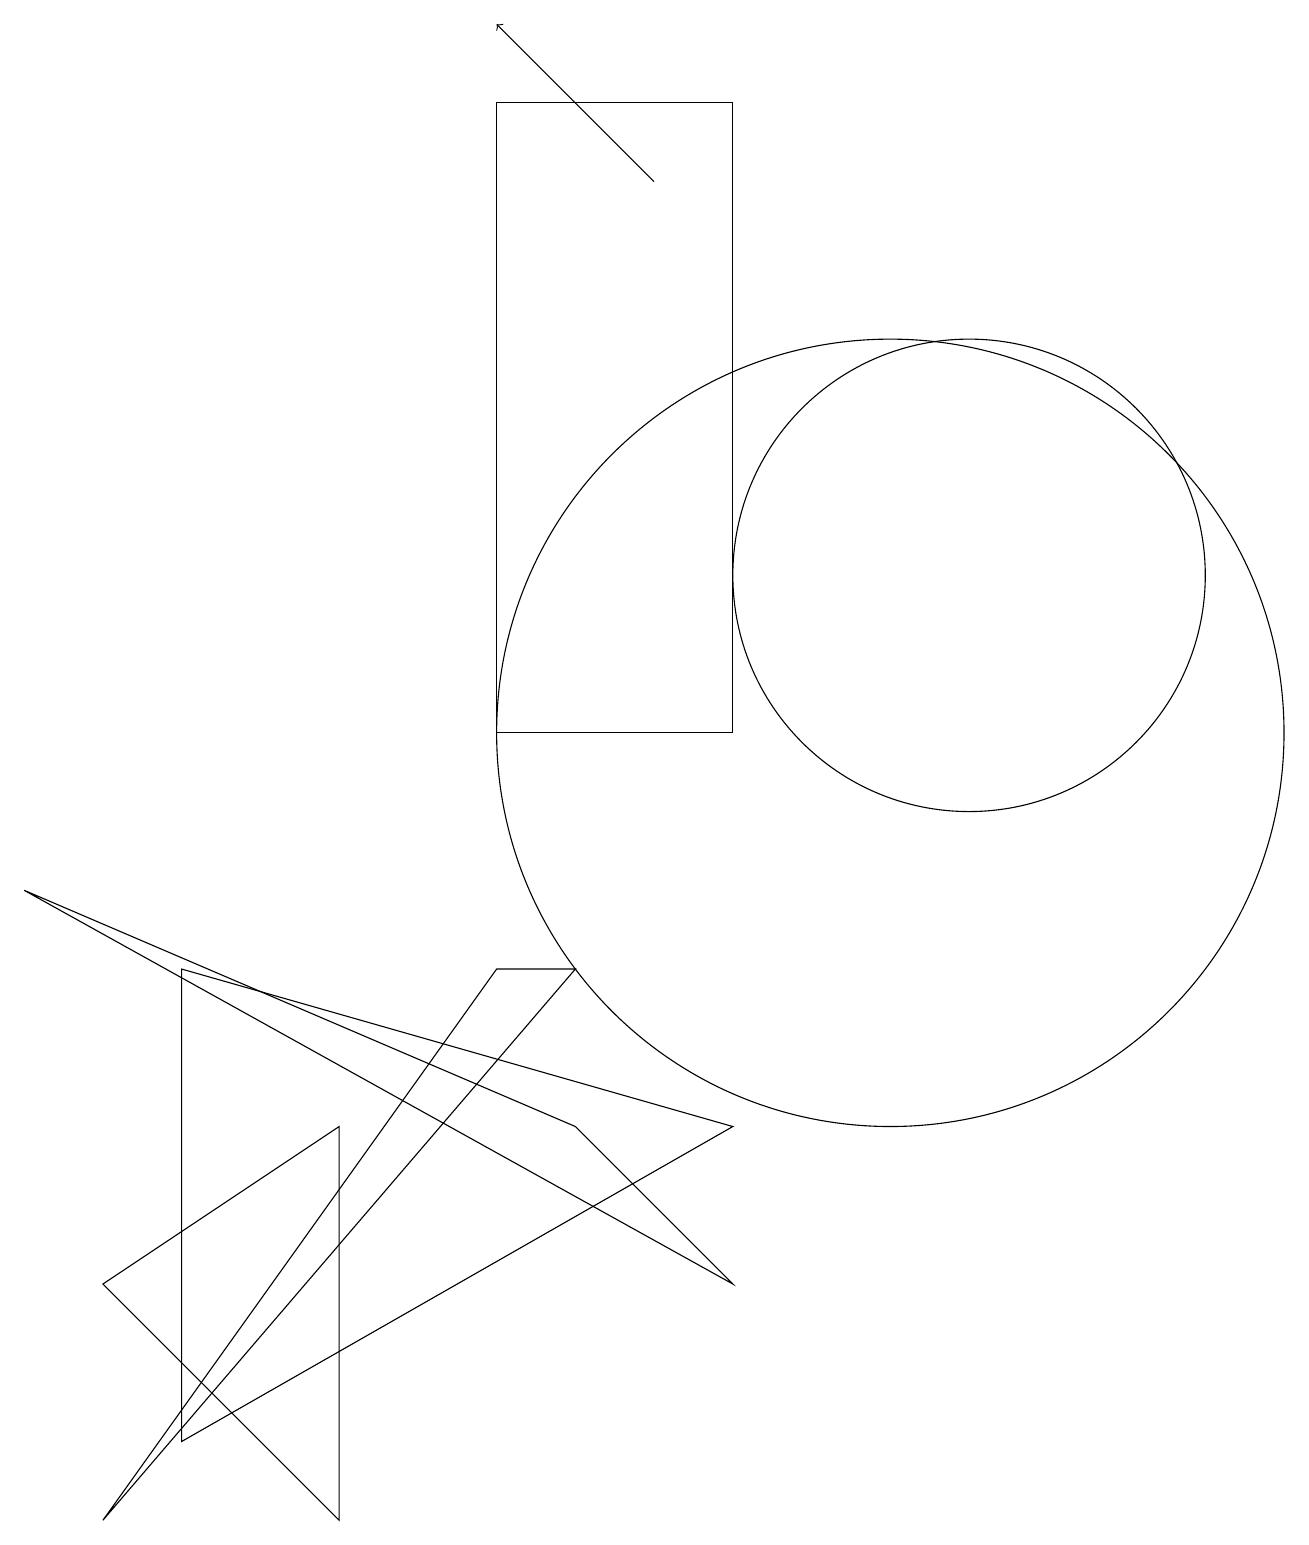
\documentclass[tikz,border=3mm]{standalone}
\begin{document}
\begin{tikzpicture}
\draw (11,10) circle (5);
\draw (0,8) -- (9,3) -- (7,5) -- cycle;
\draw (7,7) -- (1,0) -- (6,7) -- cycle;
\draw (4,0) -- (1,3) -- (4,5) -- cycle;
\draw (6,18) rectangle (9,10);
\draw[->] (8,17) -- (6,19);
\draw (12,12) circle (3);
\draw (9,5) -- (2,7) -- (2,1) -- cycle;
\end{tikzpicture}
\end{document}